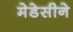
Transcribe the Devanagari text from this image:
मेडेसीने